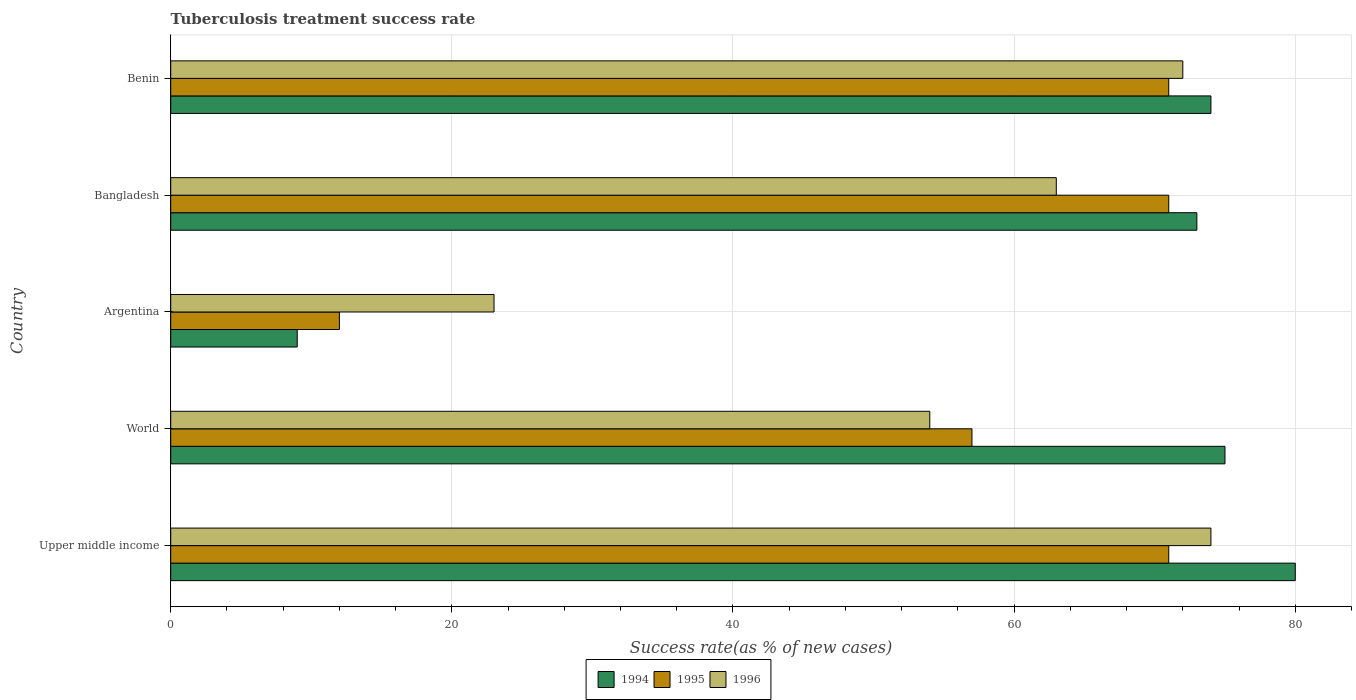
| Country | 1994 | 1995 | 1996 |
 | --- | --- | --- | --- |
 | Upper middle income | 80 | 71 | 74 |
 | World | 75 | 57 | 54 |
 | Argentina | 9 | 12 | 23 |
 | Bangladesh | 73 | 71 | 63 |
 | Benin | 74 | 71 | 72 |